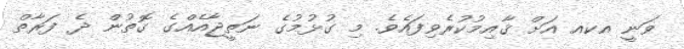
ވަނީ އކއ އަށް ޤާއިމުކުރެވިފައެވެ. މި ގުޅުމުގެ ނަތީޖާއެއްގެ ގޮތުން ދެ ފަރާތް